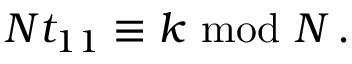
N t _ { 1 1 } \equiv k \ \mathrm { m o d } \ N \, .